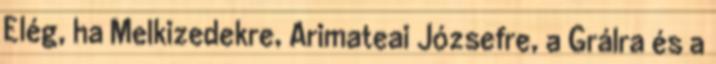
Elég, ha Melkizedekre, Arimateai Józsefre, a Grálra és a